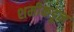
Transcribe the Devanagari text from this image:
शमीकडून